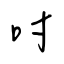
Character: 吋